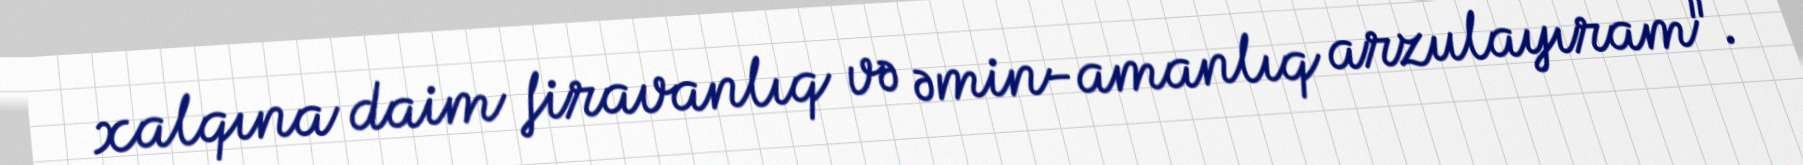
xalqına daim firavanlıq və əmin-amanlıq arzulayıram".